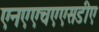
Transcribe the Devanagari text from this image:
एनएएचएएसडीए